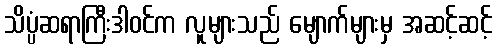
သိပ္ပံဆရာကြီးဒါဝင်က လူများသည် မျောက်များမှ အဆင့်ဆင့်